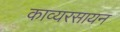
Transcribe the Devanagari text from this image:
काव्यरसायन